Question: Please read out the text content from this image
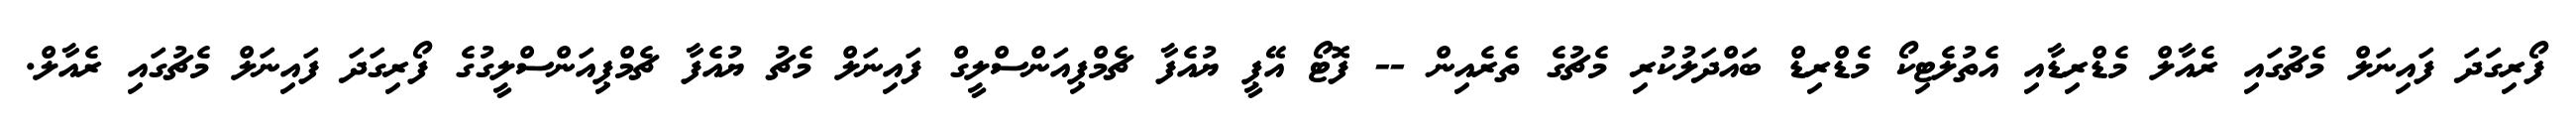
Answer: ފޯރިގަދަ ފައިނަލް މެޗުގައި ރެއާލް މެޑްރިޑާއި އެތުލެޓިކޯ މެޑްރިޑް ބައްދަލުކުރި މެޗުގެ ތެރެއިން -- ފޮޓޯ އޭޕީ ޔުއެފާ ޗެމްޕިއަންސްލީގް ފައިނަލް މެޗު ޔުއެފާ ޗެމްޕިއަންސްލީގުގެ ފޯރިގަދަ ފައިނަލް މެޗުގައި ރެއާލް.